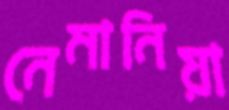
নেমানিয়া